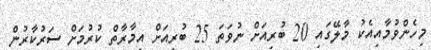
މިހެންވުމާއިއެކު މާލޭގައި 20 ބުރިއަށް ނުވަތަ 25 ބުރިއަށް އިމާރާތް ކުރުމަށް ސަރުކާރުން